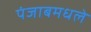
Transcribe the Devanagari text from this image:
पंजाबमधले